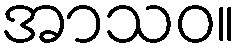
အာသဝ။